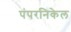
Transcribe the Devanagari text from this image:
पंपरनिकेल